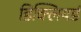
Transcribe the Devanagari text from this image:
डिक्लियर्ड